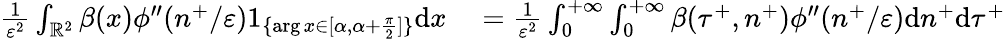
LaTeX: \begin{array}{rl}{\frac{1}{\varepsilon^{2}}\int_{\mathbb{R}^{2}}\beta(x)\phi^{\prime\prime}(n^{+}/\varepsilon)1_{\{ \arg x\in[\alpha,\alpha+\frac{\pi}{2}]\} }\textrm{d}x}&{{}=\frac{1}{\varepsilon^{2}}\int_{0}^{+\infty}\int_{0}^{+\infty}\beta(\tau^{+},n^{+})\phi^{\prime\prime}(n^{+}/\varepsilon)\textrm{d}n^{+}\textrm{d}\tau^{+}}\end{array}